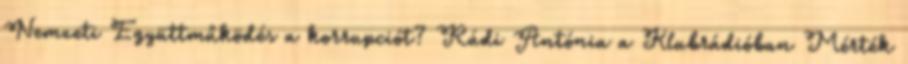
Nemzeti Együttműködés a korrupciót? Rádi Antónia a Klubrádióban Mérték